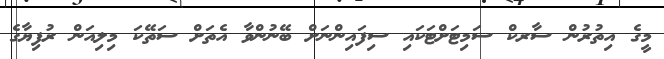
މީގެ އިތުރުން ސާރކް ސަމިޓަށްޓަކައި ސިފައިންނަށް ބޭނުންވާ އެތަށް ސަތޭކަ މިލިއަން ރުފިޔާގެ